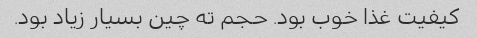
کیفیت غذا خوب بود. حجم ته چین بسیار زیاد بود.